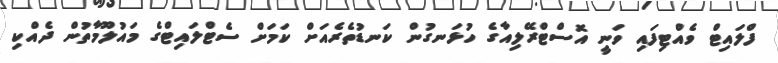
ފްލައިޓް ވެއްޓިފައި ވަނީ އޮސްޓްރޭލިއާގެ ހުޅަނގުން ކަނޑުތެރެއަށް ކަމަށް ސެޓްލައިޓްގެ މައުލޫމާތުން ދެއްކި